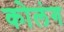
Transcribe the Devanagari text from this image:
कोलंग